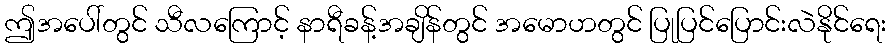
ဤအပေါ်တွင် သီလကြောင့် နာရီခန့်အချိန်တွင် အမောဟတွင် ပြုပြင်ပြောင်းလဲနိုင်ရေး